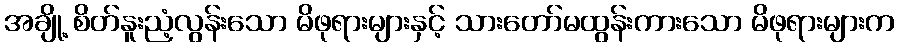
အချို့ စိတ်နူးညံ့လွန်းသော မိဖုရားများနှင့် သားတော်မထွန်းကားသော မိဖုရားများက